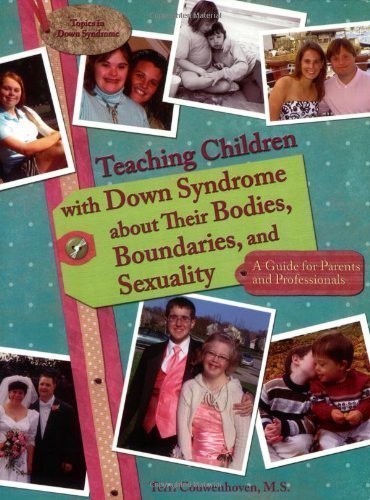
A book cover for Teaching Children with Down Syndrome about Their Bodies, Boundaries, and Sexuality (Topics in Down Syndrome) by Terri Couwenhoven 1st (first) Edition (10/10/2007); Health, Fitness & Dieting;